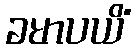
ခမာပယိံ